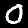
Label: 0